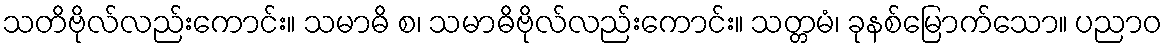
သတိဗိုလ်လည်းကောင်း။ သမာဓိ စ၊ သမာဓိဗိုလ်လည်းကောင်း။ သတ္တမံ၊ ခုနစ်မြောက်သော။ ပညာဝ